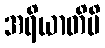
အရိယာတိပိ